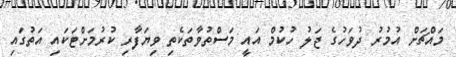
މައްޗަށް އުމުރު ދުވަހުގެ ޖަލު ހުކުމް އައީ މަސްތުވާތަކެތި ވިޔަފާރި ކުރުމަށްޓަކައި އަތުގައި